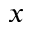
x